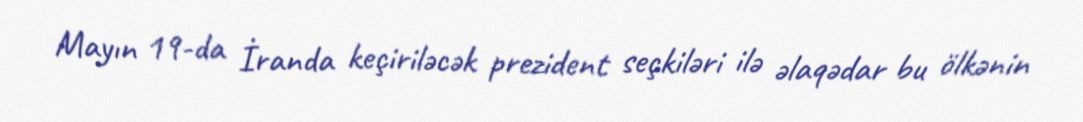
Mayın 19-da İranda keçiriləcək prezident seçkiləri ilə əlaqədar bu ölkənin